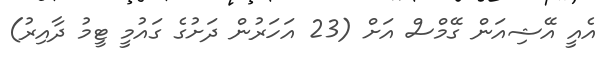
އެއީ އޭޝިއަން ގޭމްސް އަށް (23 އަހަރުން ދަށުގެ ގައުމީ ޓީމު ދާއިރު)